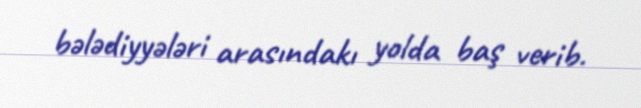
bələdiyyələri arasındakı yolda baş verib.